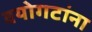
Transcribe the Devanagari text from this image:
वयोगटांना